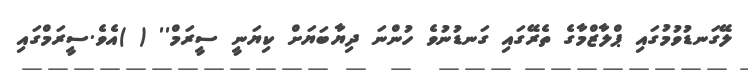
ލޭގަނޑުވުމުގައި ޕްލާޒްމާގެ ތެރޭގައި ގަނޑުނުވެ ހުންނަ ދިޔާބަޔަށް ކިޔަނީ ސީރަމް'' ( )އެވެ.ސީރަމްގައި